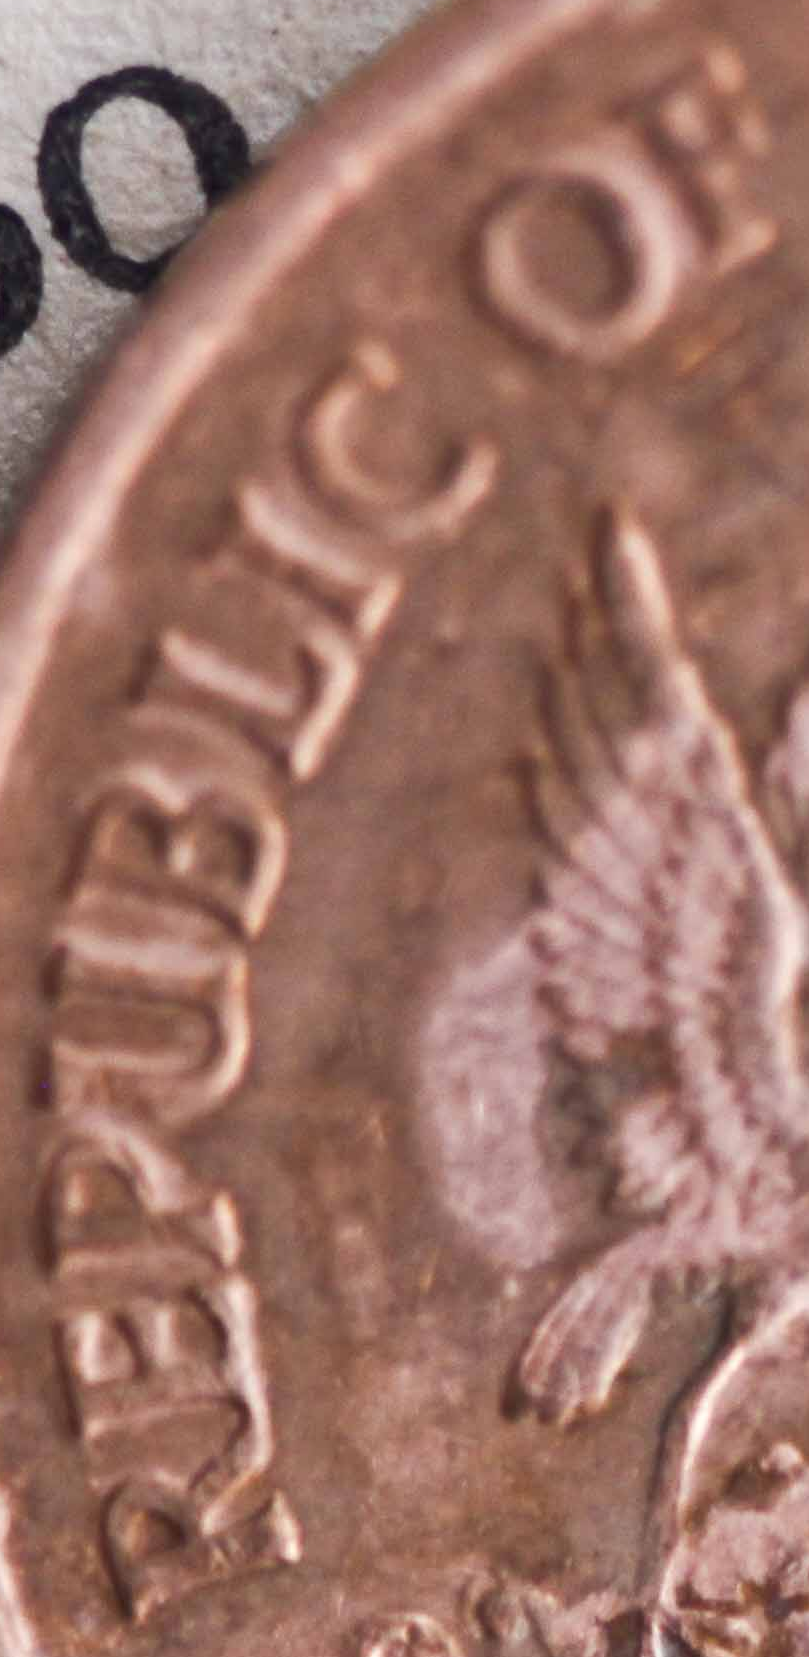
REPUBLIC OF